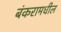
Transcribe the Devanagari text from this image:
बंकरामधील